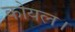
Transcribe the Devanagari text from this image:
कोयल।